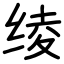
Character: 绫